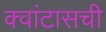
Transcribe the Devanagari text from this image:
क्वांटासची